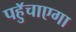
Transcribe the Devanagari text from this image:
पहुॅचाएगा